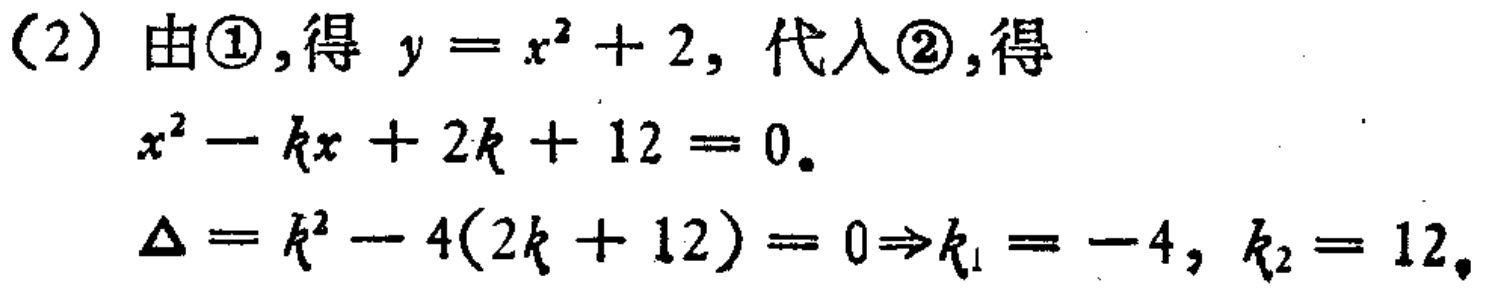
(2) 由\textcircled{1},得 \(y = x^{2}+2\), 代入\textcircled{2},得
\(x^{2}-kx + 2k + 12 = 0\).
\(\Delta=k^{2}-4(2k + 12)=0\Rightarrow k_{1}=-4,k_{2}=12\).